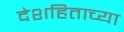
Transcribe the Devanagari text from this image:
देशहिताच्या